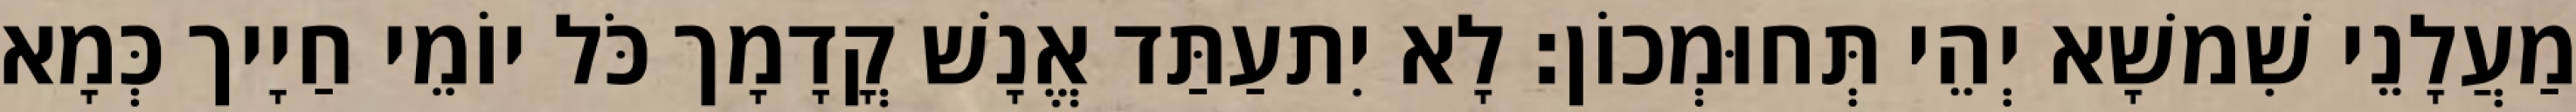
מַעֲלָנֵי שִׁמשָׁא יְהֵי תְּחוּמְכוֹן׃ לָא יִתעַתַּד אֱנָשׁ קֳדָמָך כֹּל יוֹמֵי חַיָיך כְּמָא